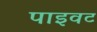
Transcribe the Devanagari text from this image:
पाइवट